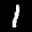
Label: 1